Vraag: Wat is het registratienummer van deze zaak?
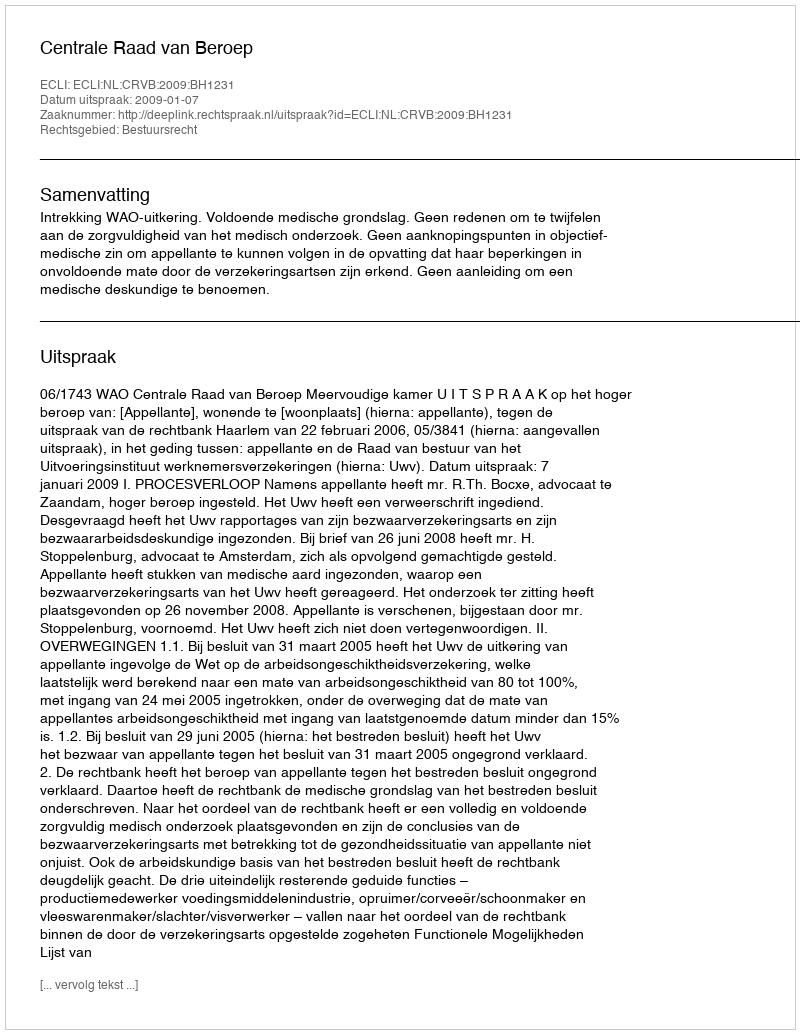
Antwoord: http://deeplink.rechtspraak.nl/uitspraak?id=ECLI:NL:CRVB:2009:BH1231